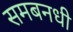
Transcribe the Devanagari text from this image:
समबनधी